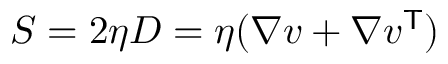
S = 2 \eta D = \eta ( \nabla v + \nabla v ^ { \mathsf { T } } )